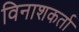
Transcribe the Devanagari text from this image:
विनाशकर्ता